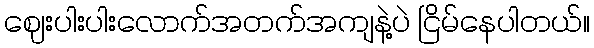
ဈေးပါးပါးလောက်အတက်အကျနဲ့ပဲ ငြိမ်နေပါတယ်။